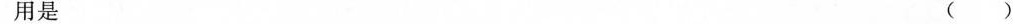
用是 ()